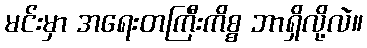
မင်းမှာ အရေးတကြီးကိစ္စ ဘာရှိလို့လဲ။